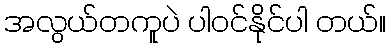
အလွယ်တကူပဲ ပါဝင်နိုင်ပါ တယ်။